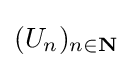
(U_{n})_{n\in \mathbf {N} }